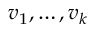
v _ { 1 } , \dots , v _ { k }